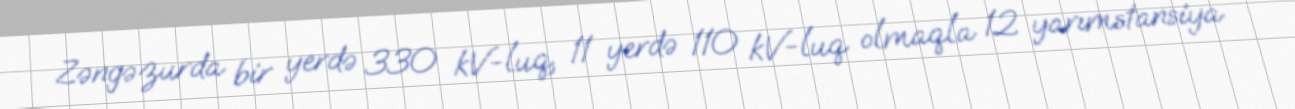
Zəngəzurda bir yerdə 330 kV-luq, 11 yerdə 110 kV-luq olmaqla 12 yarımstansiya